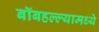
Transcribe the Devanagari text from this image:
बॉबहल्ल्यामध्ये